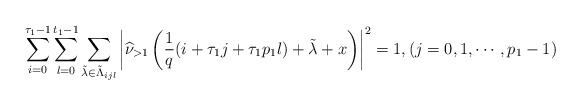
\begin{align*} \sum_{i=0}^{\tau_{1}-1}\sum_{l=0}^{t_{1}-1}\sum_{\tilde{\lambda}\in \tilde{\Lambda}_{ijl}}\left|\widehat{\nu}_{>1}\left(\frac{1}{q}(i+\tau_{1} j+\tau_{1} p_{1}l)+\tilde{\lambda}+x\right)\right|^{2}=1, (j=0,1, \cdots, p_{1}-1) \end{align*}